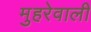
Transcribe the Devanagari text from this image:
मुहरेवाली